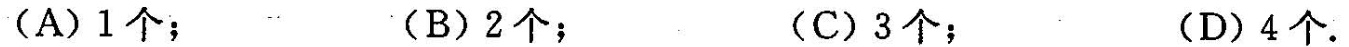
(A)1个；(B)2个；(C)3个；(D)4个。